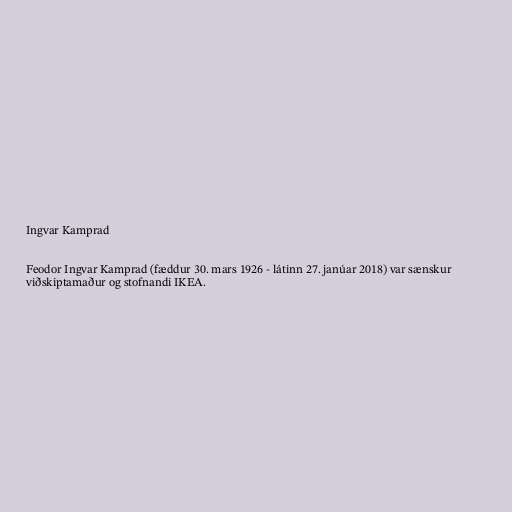
Ingvar Kamprad

Feodor Ingvar Kamprad (fæddur 30. mars 1926 - látinn 27. janúar 2018) var sænskur
viðskiptamaður og stofnandi IKEA.